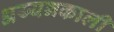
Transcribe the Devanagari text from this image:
अय्यनकाली